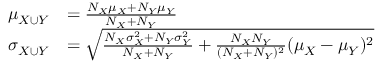
{ \begin{array} { r l } { \mu _ { X \cup Y } } & { = { \frac { N _ { X } \mu _ { X } + N _ { Y } \mu _ { Y } } { N _ { X } + N _ { Y } } } } \\ { \sigma _ { X \cup Y } } & { = { \sqrt { { \frac { N _ { X } \sigma _ { X } ^ { 2 } + N _ { Y } \sigma _ { Y } ^ { 2 } } { N _ { X } + N _ { Y } } } + { \frac { N _ { X } N _ { Y } } { ( N _ { X } + N _ { Y } ) ^ { 2 } } } ( \mu _ { X } - \mu _ { Y } ) ^ { 2 } } } } \end{array} }